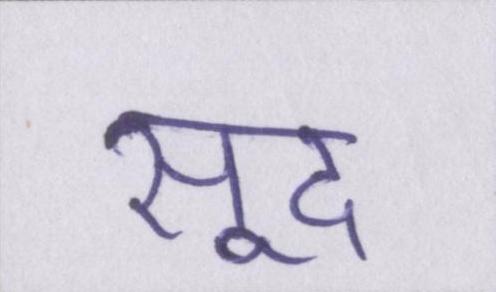
सूद